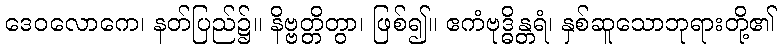
ဒေဝလောကေ၊ နတ်ပြည်၌။ နိဗ္ဗတ္တိတွာ၊ ဖြစ်၍။ ဧကံဗုဒ္ဓိန္တရံ၊ နှစ်ဆူသောဘုရားတို့၏